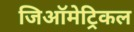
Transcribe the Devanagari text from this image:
जिऑमेट्रिकल